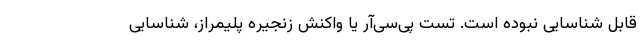
قابل شناسایی نبوده است. تست پی‌سی‌آر یا واکنش زنجیره پلیمراز، شناسایی